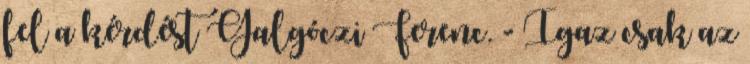
fel a kérdést Galgóczi Ferenc. - Igaz csak az